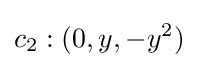
c_{2}:(0,y,-y^{2})